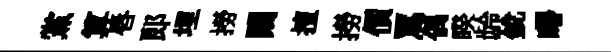
黨算唇郎埋撈闚擅撈價罵偶睽龄銳曙